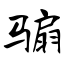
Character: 骟